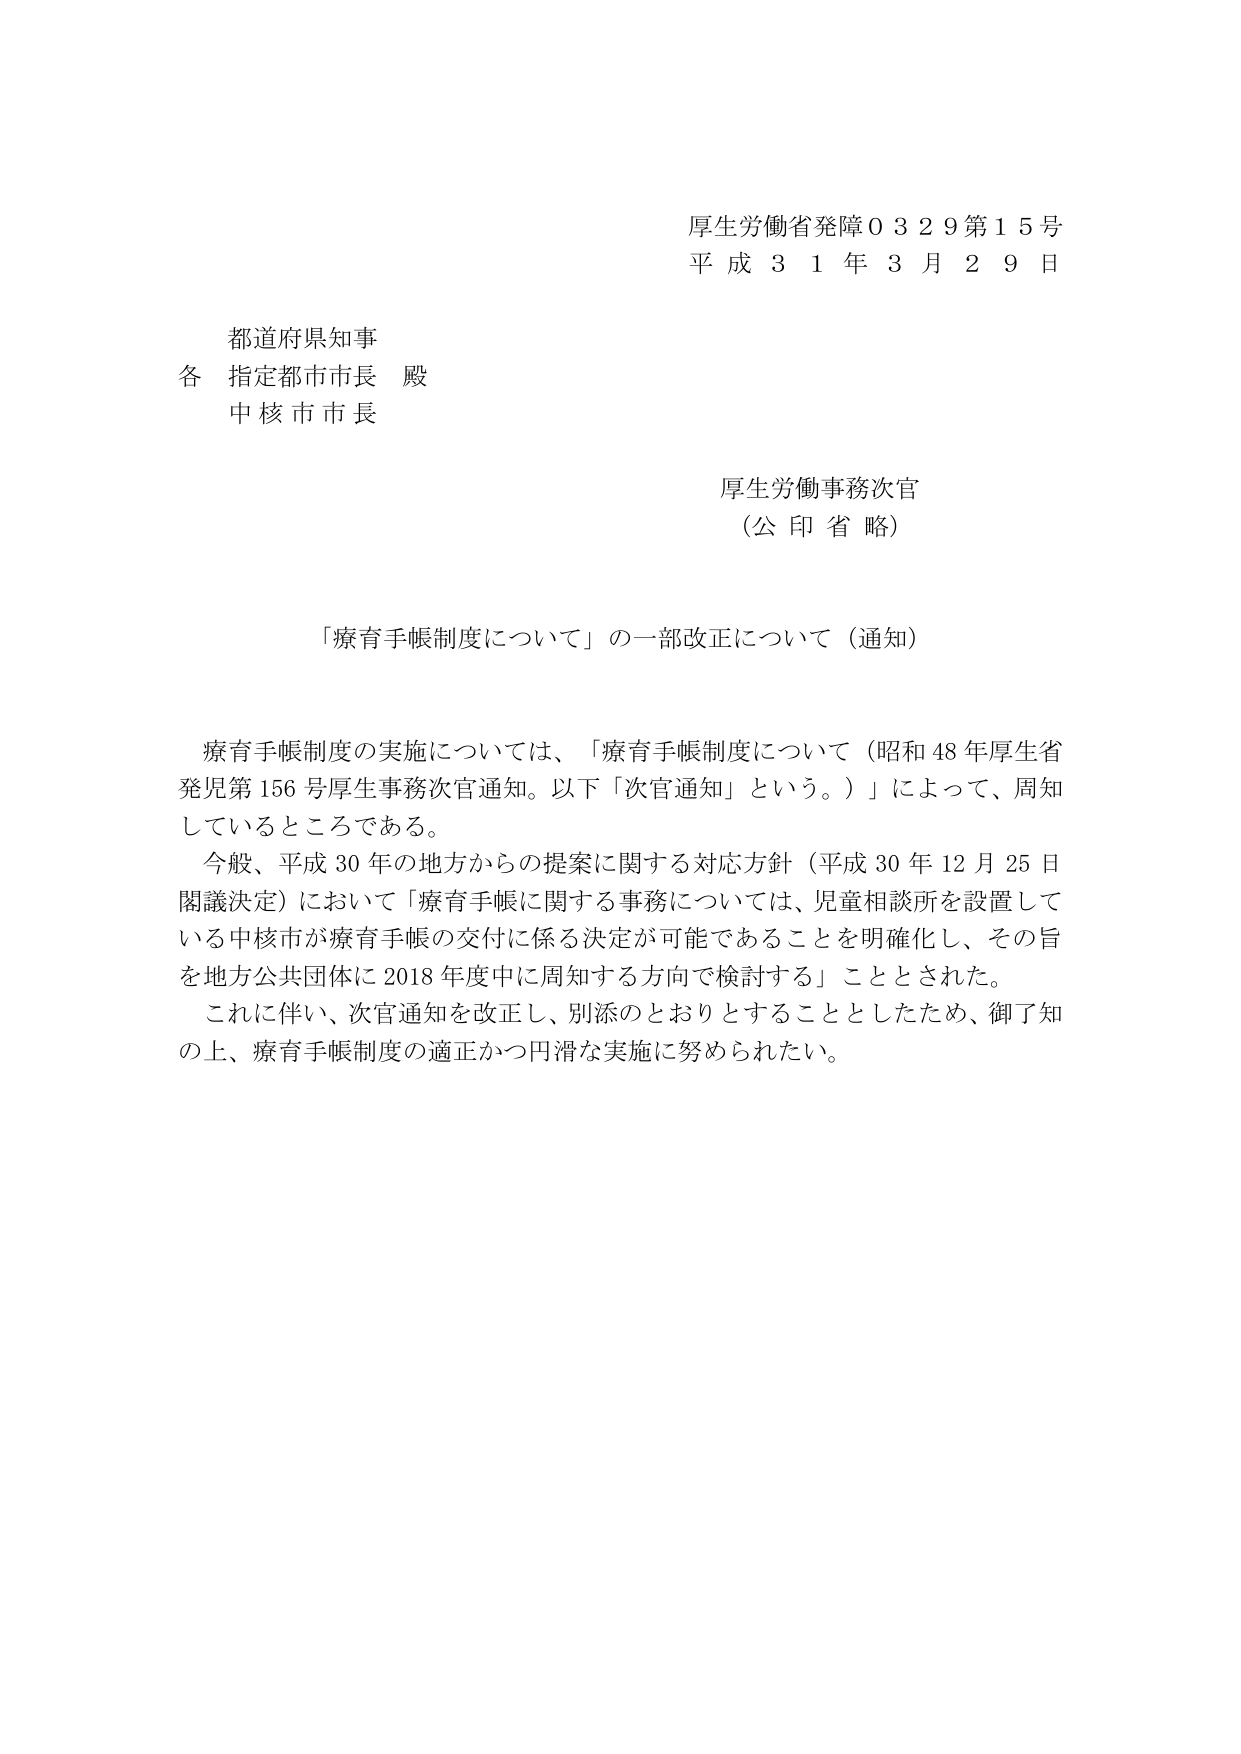
厚生労働省発障０３２９第１５号
平成３１年３月２９日

都道府県知事
各 指定都市市長 殿
中核市市長

厚生労働事務次官
（公印省略）

「療育手帳制度について」の一部改正について（通知）

療育手帳制度の実施については、「療育手帳制度について（昭和48年厚生省発児第156号厚生事務次官通知。以下「次官通知」という。）」によって、周知しているところである。
今般、平成30年の地方からの提案に関する対応方針（平成30年12月25日閣議決定）において「療育手帳に関する事務については、児童相談所を設置している中核市が療育手帳の交付に係る決定が可能であることを明確化し、その旨を地方公共団体に2018年度中に周知する方向で検討する」こととされた。
これに伴い、次官通知を改正し、別添のとおりとすることとしたため、御了知の上、療育手帳制度の適正かつ円滑な実施に努められたい。